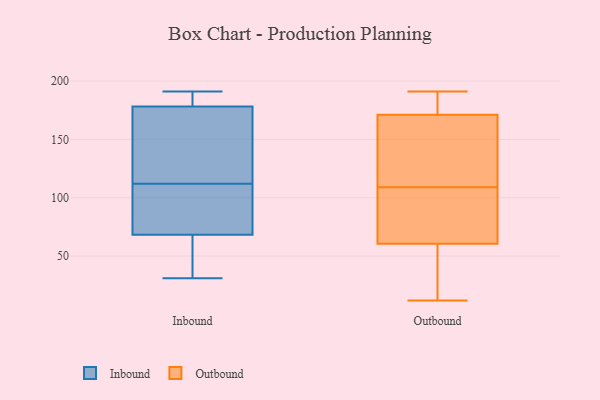
{"axis": {"x": "Gross Profit (USD K)", "y": "Value"}, "legend": ["Inbound", "Outbound"], "data": [{"x": "", "y": 72, "type": "Inbound"}, {"x": "", "y": 180, "type": "Inbound"}, {"x": "", "y": 112, "type": "Inbound"}, {"x": "", "y": 67, "type": "Inbound"}, {"x": "", "y": 186, "type": "Inbound"}, {"x": "", "y": 51, "type": "Inbound"}, {"x": "", "y": 191, "type": "Inbound"}, {"x": "", "y": 89, "type": "Inbound"}, {"x": "", "y": 141, "type": "Inbound"}, {"x": "", "y": 130, "type": "Inbound"}, {"x": "", "y": 59, "type": "Inbound"}, {"x": "", "y": 191, "type": "Inbound"}, {"x": "", "y": 31, "type": "Inbound"}, {"x": "", "y": 83, "type": "Inbound"}, {"x": "", "y": 173, "type": "Inbound"}, {"x": "", "y": 189, "type": "Outbound"}, {"x": "", "y": 113, "type": "Outbound"}, {"x": "", "y": 76, "type": "Outbound"}, {"x": "", "y": 182, "type": "Outbound"}, {"x": "", "y": 191, "type": "Outbound"}, {"x": "", "y": 88, "type": "Outbound"}, {"x": "", "y": 12, "type": "Outbound"}, {"x": "", "y": 20, "type": "Outbound"}, {"x": "", "y": 128, "type": "Outbound"}, {"x": "", "y": 118, "type": "Outbound"}, {"x": "", "y": 17, "type": "Outbound"}, {"x": "", "y": 109, "type": "Outbound"}, {"x": "", "y": 172, "type": "Outbound"}, {"x": "", "y": 74, "type": "Outbound"}, {"x": "", "y": 14, "type": "Outbound"}, {"x": "", "y": 85, "type": "Outbound"}, {"x": "", "y": 171, "type": "Outbound"}]}